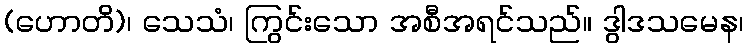
(ဟောတိ)၊ သေသံ၊ ကြွင်းသော အစီအရင်သည်။ ဒွါဒသမေန၊